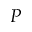
P